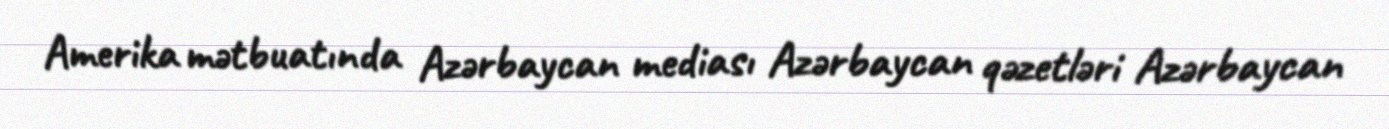
Amerika mətbuatında Azərbaycan mediası Azərbaycan qəzetləri Azərbaycan